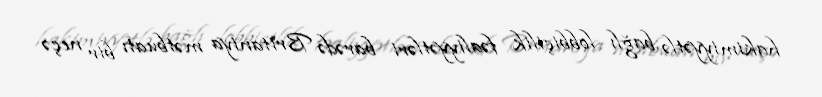
hakimiyyətlə bağlı lobbiçilik fəaliyyətləri barədə Britaniya mətbuatı bir neçə